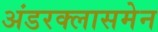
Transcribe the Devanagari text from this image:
अंडरक्लासमेन